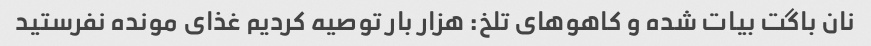
نان باگت بیات شده و کاهو‌های تلخ: هزار بار توصیه کردیم غذای مونده نفرستید